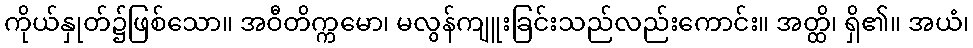
ကိုယ်နှုတ်၌ဖြစ်သော။ အဝီတိက္ကမော၊ မလွန်ကျူးခြင်းသည်လည်းကောင်း။ အတ္ထိ၊ ရှိ၏။ အယံ၊